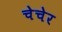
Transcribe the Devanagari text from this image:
चेचेर